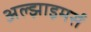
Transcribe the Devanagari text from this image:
अल्झाइमर्स